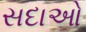
સદાઓ